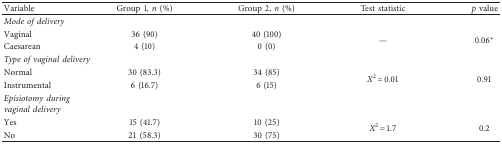
<table><thead><tr><td><b>Variable</b></td><td><b>Group 1, <i>n</i> (%)</b></td><td><b>Group 2, <i>n</i> (%)</b></td><td><b>Test statistic</b></td><td><b><i>p</i> value</b></td></tr></thead><tbody><tr><td colspan="5"><i>Mode of delivery</i></td></tr><tr><td>Vaginal</td><td>36 (90)</td><td>40 (100)</td><td rowspan="2">—</td><td rowspan="2">0.06<sup>∗</sup></td></tr><tr><td>Caesarean</td><td>4 (10)</td><td>0 (0)</td></tr><tr><td colspan="5"><i>Type of vaginal delivery</i></td></tr><tr><td>Normal</td><td>30 (83.3)</td><td>34 (85)</td><td rowspan="2"><i>X</i><sup>2</sup> = 0.01</td><td rowspan="2">0.91</td></tr><tr><td>Instrumental</td><td>6 (16.7)</td><td>6 (15)</td></tr><tr><td colspan="5"><i>Episiotomy during vaginal delivery</i></td></tr><tr><td>Yes</td><td>15 (41.7)</td><td>10 (25)</td><td rowspan="2"><i>X</i><sup>2</sup> = 1.7</td><td rowspan="2">0.2</td></tr><tr><td>No</td><td>21 (58.3)</td><td>30 (75)</td></tr></tbody></table>